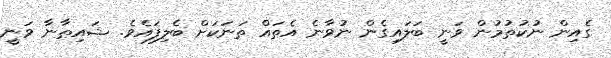
ގެއިން ނުކުތުމުން ވަނީ ބަލައިގެން ނުވާނެ އެތައް ތަނަކަށް ބެލިފައެވެ. ޝައިޠާނާ ވަނީ